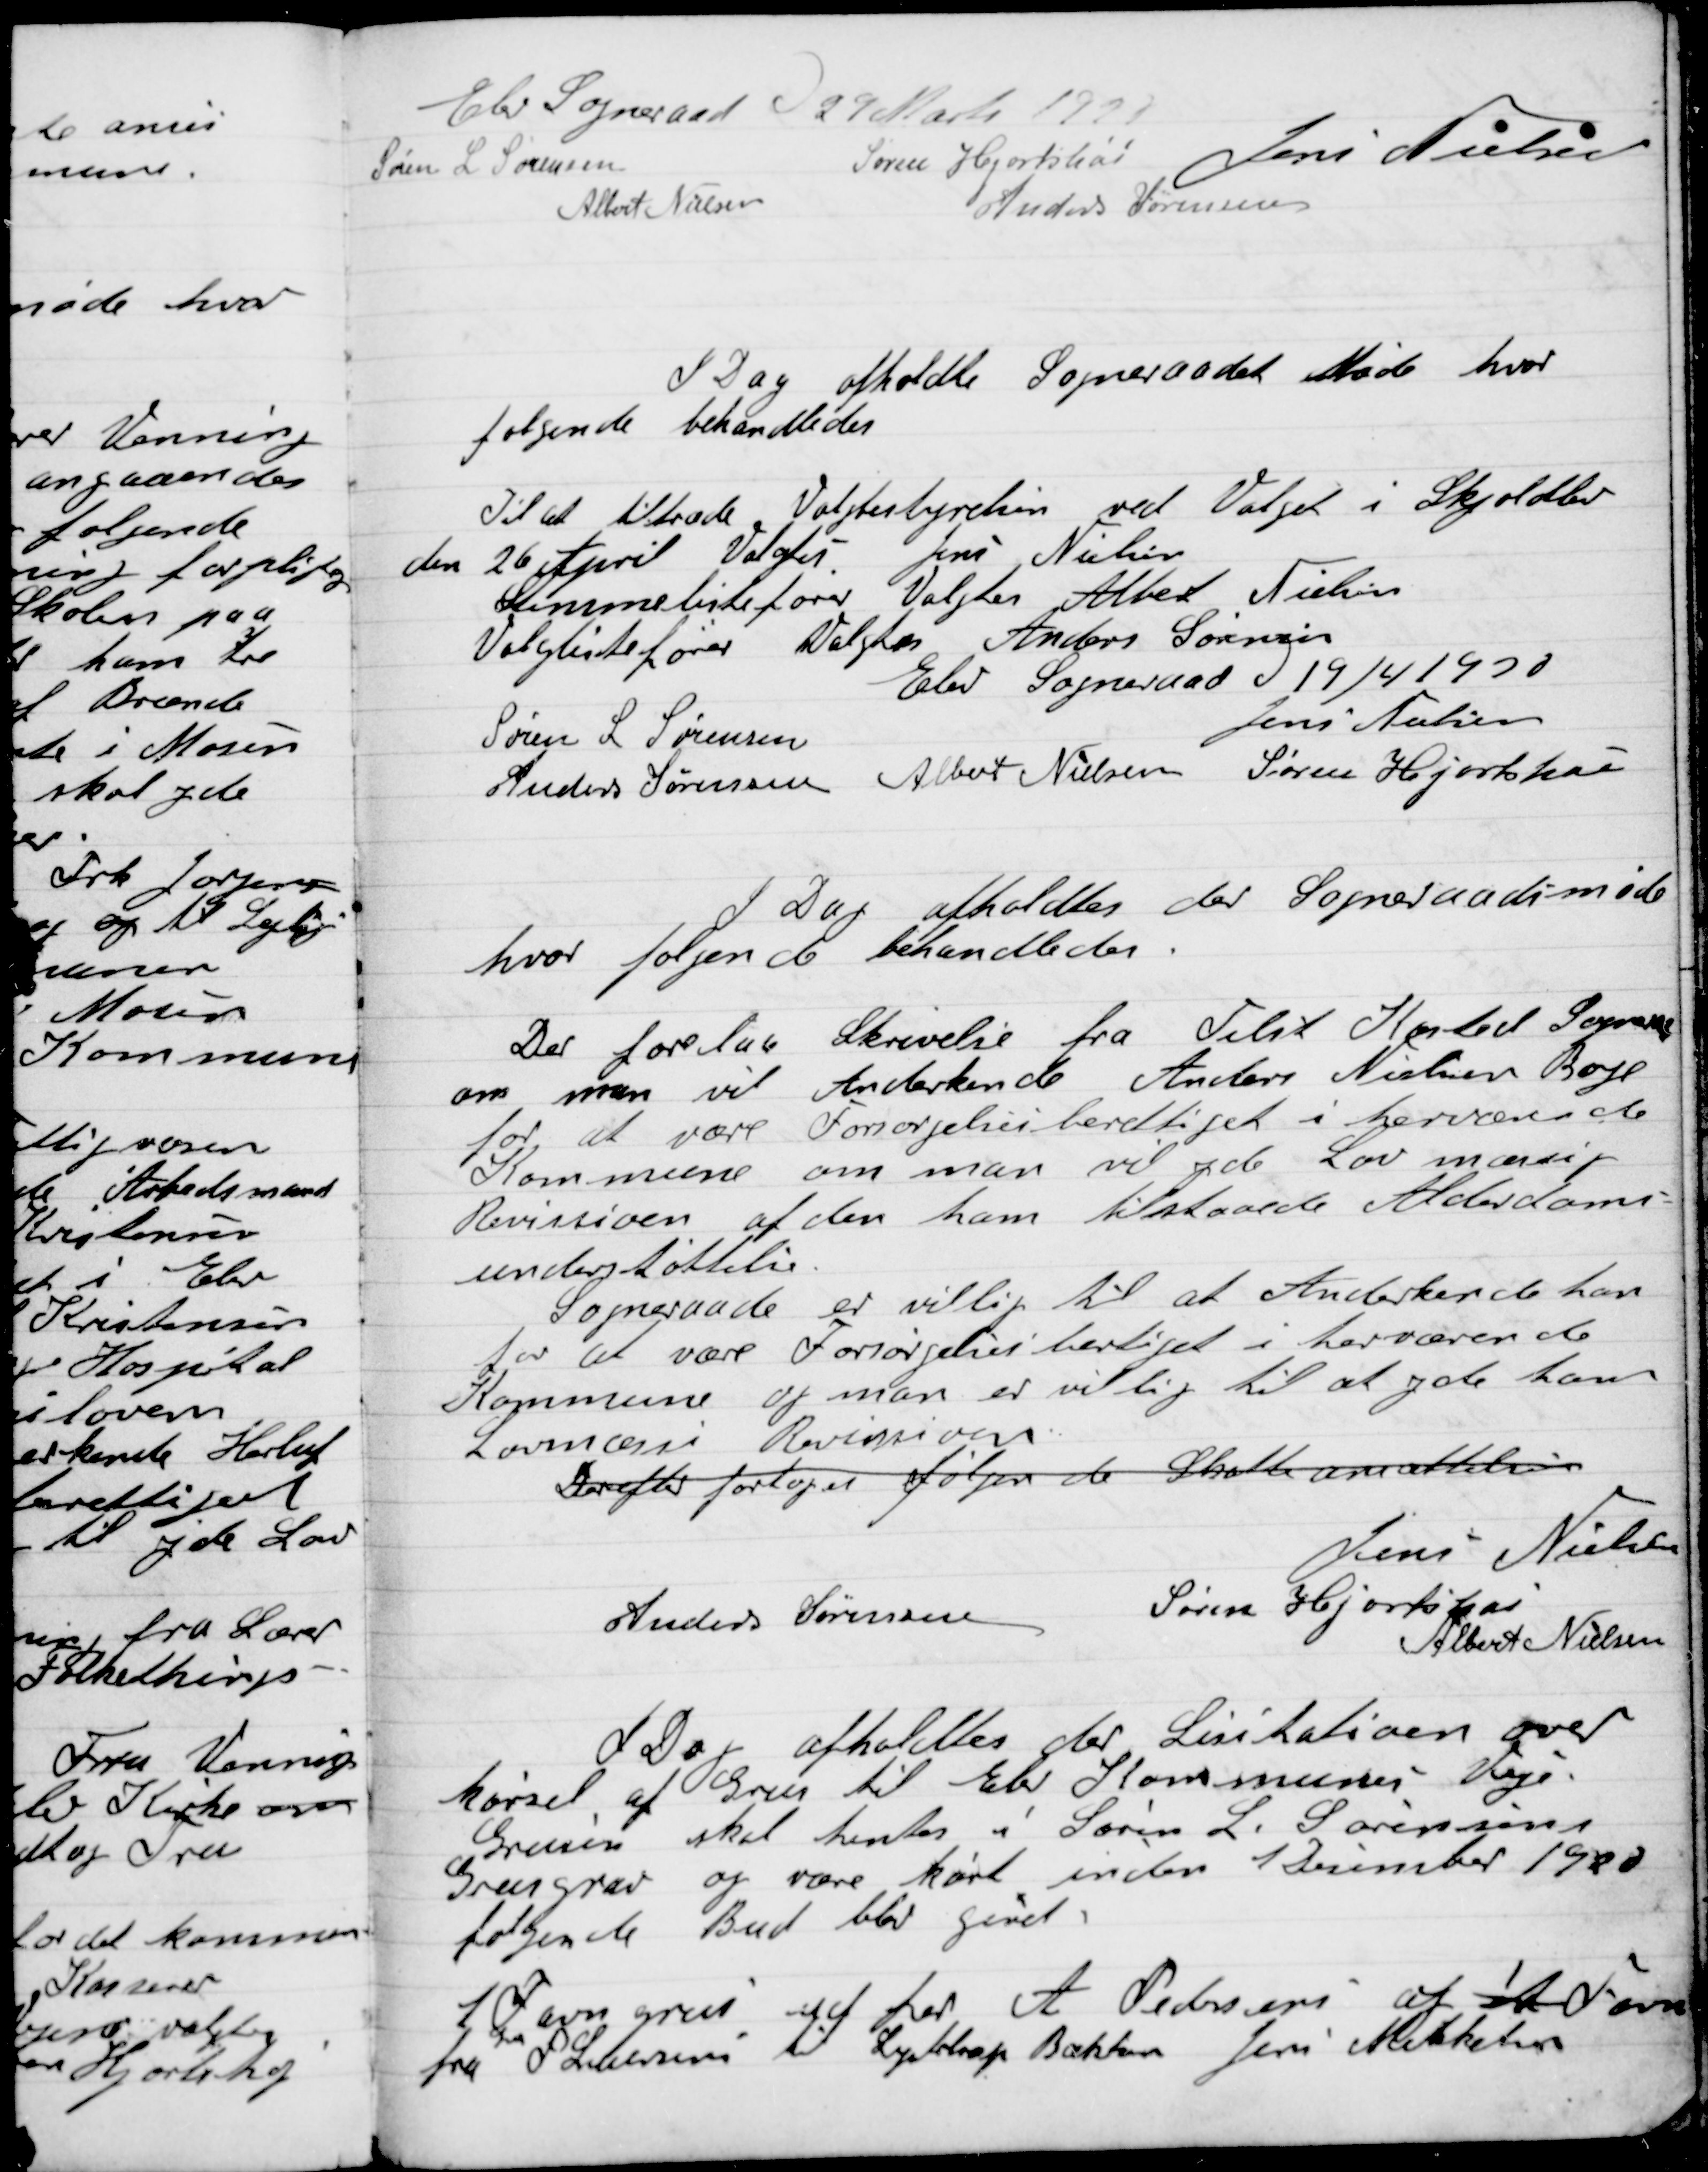
Transskription:
Elev Sogneraad D. 29 Marts 1920

Søren L. Sørensen
Søren Hjortshøi
Jens Nielsen
Albert Nielsen
 Anders Sørensen

I Dag afholdtes der  Sogneraadet møde hvor
følgende Behandledes

Til at tiltræde Valgbestyrelsen ved Valget Skjoldlev
den 26 April Valgtes Jens Nielsen
Stemmelistefører Valgtes Albert Nielsen
Valglistefører Valgtes Anders Sørensen

Elev Sogneraad D. 19/4 1920

Søren L. Sørensen
Jens Nielsen
Anders Sørensen
Albert Nielsen
Søren Hjortshøi

I Dag afholdtes der  Sogneraadet møde
hvor følgende Behandledes

Der forelaa Skrivelse fra Tilst Korsted Sogneraad
om man vil Anerkende Anders Nielsen Boje
for at være Forsørgelsesberettiget i herværende
Kommune om man vil yde Lovmæssig
Refusion af den ham tilstaaende Anderdoms-
understøttelse.
Sogneraadet er villig til at Anerkende ham
For at være Forsørgelsesberettiget i herværende
Kommune og man er villig til at yde ham
Lovmæssig Refusion
Derefter foretoges følgende Skatteansættelse

Jens Nielsen
Anders Sørensen
Søren Hjortshøi
Albert Nielsen

I Dag afholdtes der Licitation over
Kørsel af Grus til Elev Kommunes Veje.
Grusen skal hentes i Søren L. Sørensens
Grusgrav og være kørt inden 1 December 1920
følgende Bud blev givet:
1Favn grus ud for A. Pedersens af 1 A Favn
Fra S. Laursen til Lystrup Bækken Jens Mikkelsen